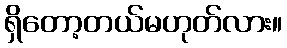
ရှိတော့တယ်မဟုတ်လား။